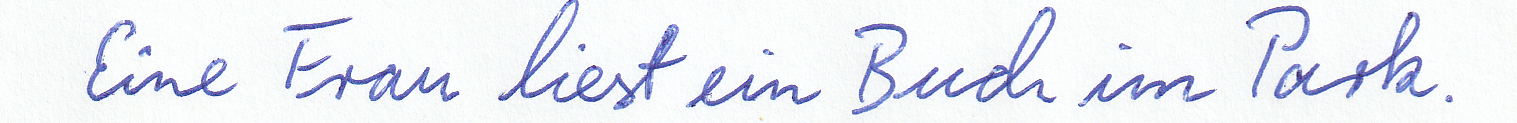
Eine Frau liest ein Buch im Park.